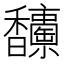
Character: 𩡥